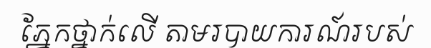
ភ្នែកថ្នាក់លើ តាមរបាយការណ៍របស់